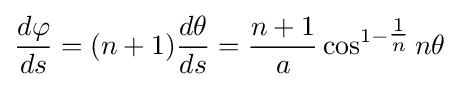
{\frac {d\varphi }{ds}}=(n+1){\frac {d\theta }{ds}}={\frac {n+1}{a}}\cos ^{1-{\tfrac {1}{n}}}n\theta